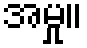
အမှု။